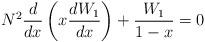
LaTeX: \begin{align*}N^2\frac{d}{dx}\left(x\frac{d W_1}{dx}\right) + \frac{W_1}{1 - x} = 0\end{align*}